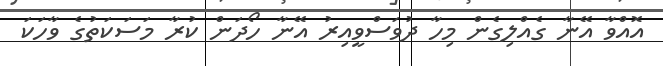
އޮއްވާ އޭނާ ގެއްލިގެން މިހާ ދުވަސްވީއިރު އޭނާ ހޯދަން ކުރާ މަސަކަތުގެ ވާހަކަ